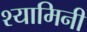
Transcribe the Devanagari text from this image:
श्यामिनी